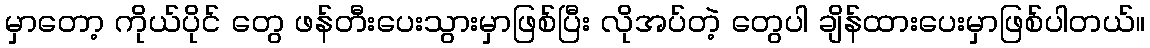
မှာတော့ ကိုယ်ပိုင် တွေ ဖန်တီးပေးသွားမှာဖြစ်ပြီး လိုအပ်တဲ့ တွေပါ ချိန်ထားပေးမှာဖြစ်ပါတယ်။